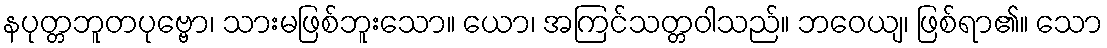
နပုတ္တဘူတပုဗ္ဗော၊ သားမဖြစ်ဘူးသော။ ယော၊ အကြင်သတ္တဝါသည်။ ဘဝေယျ၊ ဖြစ်ရာ၏။ သော